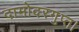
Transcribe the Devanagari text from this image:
दामोदरगुप्त।